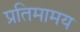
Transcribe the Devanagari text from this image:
प्रतिमामय